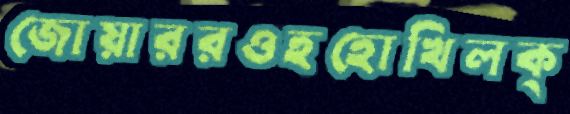
জোয়াররওহহোখিলক্